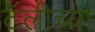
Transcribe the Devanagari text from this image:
टॅलीच्या